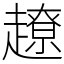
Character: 𧽽